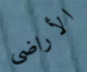
الأراضى